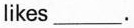
likes___.